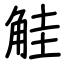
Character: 觟